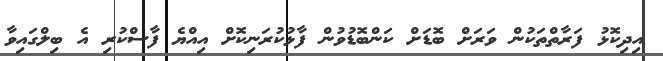
އިދިކޮޅު ފަރާތްތަކުން ވަރަށް ބޮޑަށް ކަންބޮޑުވުން ފާޅުކުރަނިކޮށް އިއްޔެ ފާސްކުރި އެ ބިލްގައިވާ